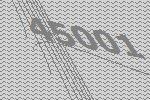
45001